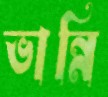
ভান্নি